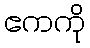
ဧကကို